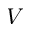
V